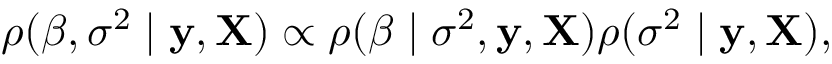
\rho ( { \boldsymbol { \beta } } , \sigma ^ { 2 } \mid \mathbf { y } , \mathbf { X } ) \propto \rho ( { \boldsymbol { \beta } } \mid \sigma ^ { 2 } , \mathbf { y } , \mathbf { X } ) \rho ( \sigma ^ { 2 } \mid \mathbf { y } , \mathbf { X } ) ,